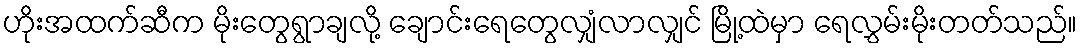
ဟိုးအထက်ဆီက မိုးတွေရွာချလို့ ချောင်းရေတွေလျှံလာလျှင် မြို့ထဲမှာ ရေလွှမ်းမိုးတတ်သည်။